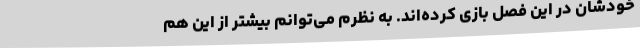
خودشان در این فصل بازی کرده‌اند. به نظرم می‌توانم بیشتر از این هم